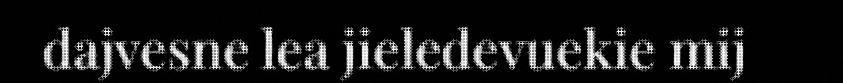
dajvesne lea jieledevuekie mij